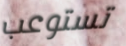
تستوعب